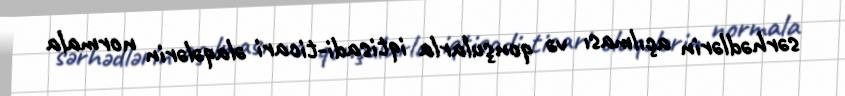
sərhədlərin açılması və qonşularla iqtisadi-ticari əlaqələrin normala